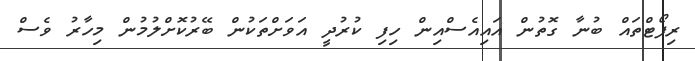
ރިޕޯޓްތައް ބުނާ ގޮތުން އައިއެސްއިން ހިފި ކުރުދީ އަވަށްތަކުން ބޭރުކޮށްލުމުން މިހާރު ވެސް